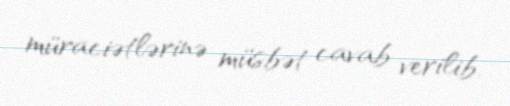
müraciətlərinə müsbət cavab verilib.